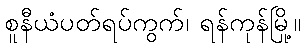
စူနီယံပတ်ရပ်ကွက်၊ ရန်ကုန်မြို့။